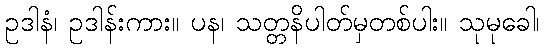
ဥဒါနံ၊ ဥဒါန်းကား။ ပန၊ သတ္တနိပါတ်မှတစ်ပါး။ သုမုခေါ၊